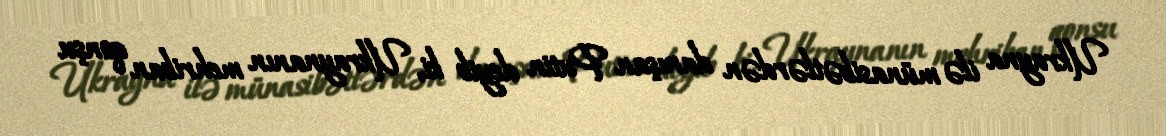
Ukrayna ilə münasibətlərdən danışan Putin deyib ki, Ukraynanın mehriban qonşu